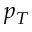
p _ { T }